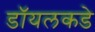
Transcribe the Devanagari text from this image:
डॉयलकडे